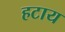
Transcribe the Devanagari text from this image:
हटाय